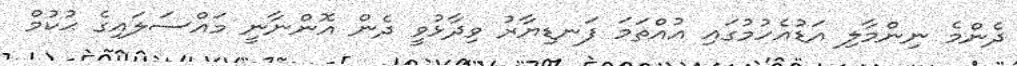
ދެންމެ ނިންމާލި އަޑުއެހުމުގައި އުއްތަމަ ފަނޑިޔާރު ވިދާޅުވީ ދެން އޮންނާނީ މައްސަލައިގެ ޙުކުމް